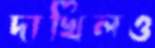
দাখিলও